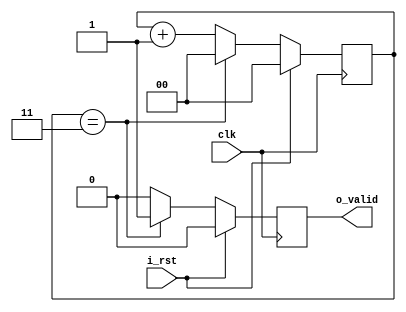
`timescale 1ns/1ps
//! @title Control
//! @file control.v

//! - Frequency control for the system modules.


module control
  #(
    parameter N = 4 //! PRBS Seed
  )
  (
    output  o_valid, //! Output valid
    input   i_rst  , //! Reset
    input   clk      //! Clock
  );

  //! Local parameters
  localparam NB_COUNTER = $clog2(N);

  //! Internal Signals
  reg  [NB_COUNTER-1:0]     counter; //! Counter
  reg                   inter_valid; //! Internal valid

  //! ShiftRegister model
  always @(posedge clk) begin : counter_calc
    if(i_rst) begin
      counter <= {NB_COUNTER{1'b0}};
    end
    else begin
      if (counter == (N-1)) begin
        counter <= {NB_COUNTER{1'b0}};
      end
      else begin
        counter <= counter + 1'b1;
      end
    end
  end

  always @(posedge clk) begin : inter_valid_calc
    if(i_rst) begin
      inter_valid <= 1'b0;
    end else begin
      if (counter == (N-1)) begin
        inter_valid <= 1'b1;
      end
      else begin
        inter_valid <= 1'b0;
      end
    end
  end

  //! Output assignment
  assign o_valid = inter_valid;

endmodule